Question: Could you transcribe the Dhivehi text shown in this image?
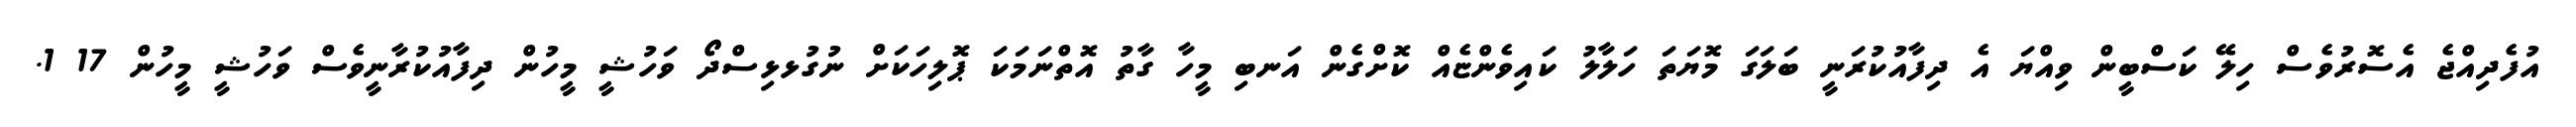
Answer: އުފެދިއްޖެ އެސޮރުވެސް ހިލޭ ކަސްބީން ވިއްޔަ އެ ދިފާއުކުރަނީ ބަލަގަ މޮޔަތަ ހަލާލު ކައިވެންޏެއް ކޮށްގެން އަނބި މީހާ ގާތު އޮތްނަމަކަ ޕޮލިހަކަށް ނުގުޅޅިސްދޯ ވަހުޝީ މީހުން ދިފާއުކުރާނީވެސް ވަހުޝީ މީހުން 17 1.